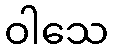
ဝါသေ